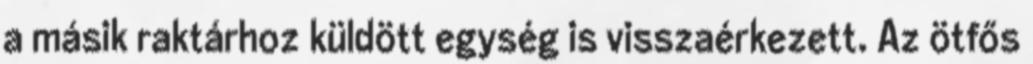
a másik raktárhoz küldött egység is visszaérkezett. Az ötfős